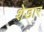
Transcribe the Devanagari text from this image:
शेडार